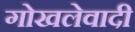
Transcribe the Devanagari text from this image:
गोखलेवादी